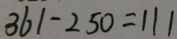
3 6 1 - 2 5 0 = 1 1 1